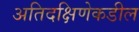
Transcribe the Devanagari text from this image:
अतिदक्षिणेकडील